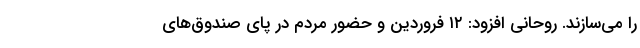
را می‌سازند. روحانی افزود: ۱۲ فروردین و حضور مردم در پای صندوق‌های